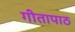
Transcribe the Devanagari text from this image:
गीतापाठ